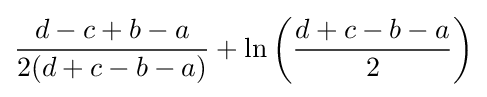
{\frac {d-c+b-a}{2(d+c-b-a)}}+\ln \left({\frac {d+c-b-a}{2}}\right)